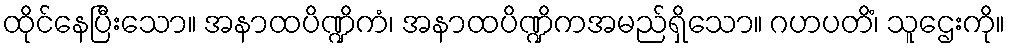
ထိုင်နေပြီးသော။ အနာထပိဏ္ဍိကံ၊ အနာထပိဏ္ဍိကအမည်ရှိသော။ ဂဟပတိံ၊ သူဌေးကို။